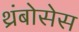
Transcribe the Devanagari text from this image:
थ्रंबोसेस